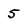
Character: 5